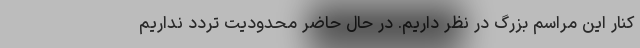
کنار این مراسم بزرگ در نظر داریم. در حال حاضر محدودیت تردد نداریم